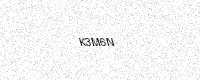
Text: K3M6N